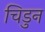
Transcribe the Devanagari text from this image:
चिडुन